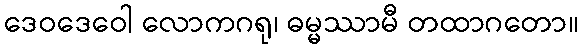
ဒေဝဒေဝေါ လောကဂရု၊ ဓမ္မဿာမီ တထာဂတော။